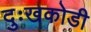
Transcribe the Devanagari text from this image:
दुःखकोडी